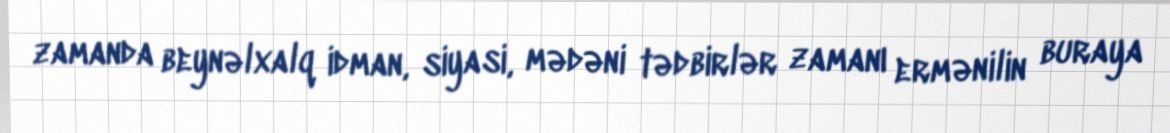
zamanda beynəlxalq idman, siyasi, mədəni tədbirlər zamanı ermənilin buraya